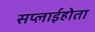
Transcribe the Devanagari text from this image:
सप्लाईहोता